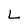
Character: L